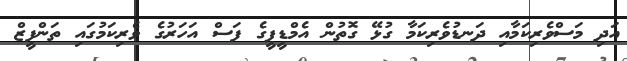
އަދި މަސްވެރިކަމާއި ދަނޑުވެރިކަމާ ގުޅޭ ގޮތުން އެމްޑީޕީގެ ފަސް އަހަރުގެ ވެރިކަމުގައި ތަންފީޒް